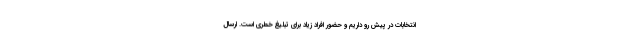
انتخابات در پیش رو داریم و حضور افراد زیاد برای تبلیغ خطری است. ارسال